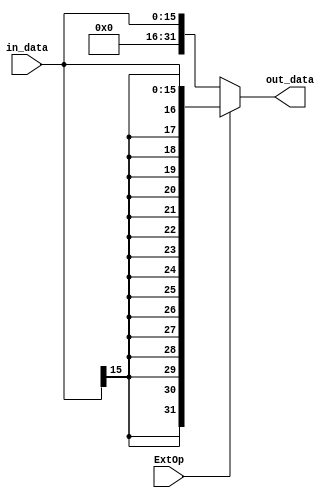
`timescale 1ns/1ns
module ext(ExtOp,in_data,out_data);

input ExtOp;//'b0 for zero,'b1 for sign
input [15:0] in_data;
output [31:0] out_data;

assign out_data=(ExtOp=='b0)?{16'b0,in_data}:{{16{in_data[15]}},in_data};

endmodule